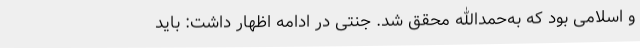
و اسلامی بود که به‌حمدالله محقق شد. جنتی در ادامه اظهار داشت: باید